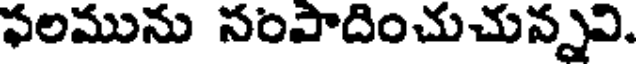
ఫలమును సంపాదించుచున్నవి.